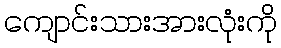
ကျောင်းသားအားလုံးကို